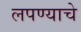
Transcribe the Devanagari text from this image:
लपण्याचे